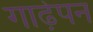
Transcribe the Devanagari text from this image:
गाढे़पन